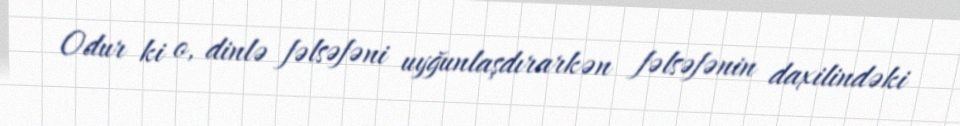
Odur ki o, dinlə fəlsəfəni uyğunlaşdırarkən fəlsəfənin daxilindəki